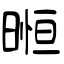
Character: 暅